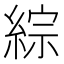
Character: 綜